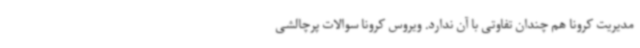
مدیریت کرونا هم چندان تفاوتی با آن ندارد. ویروس کرونا سوالات پرچالشی